Report of the Municipal Commissioner on the plague in Bombay for the year ending 31st May... - Volume 2
Disease focus: Plague
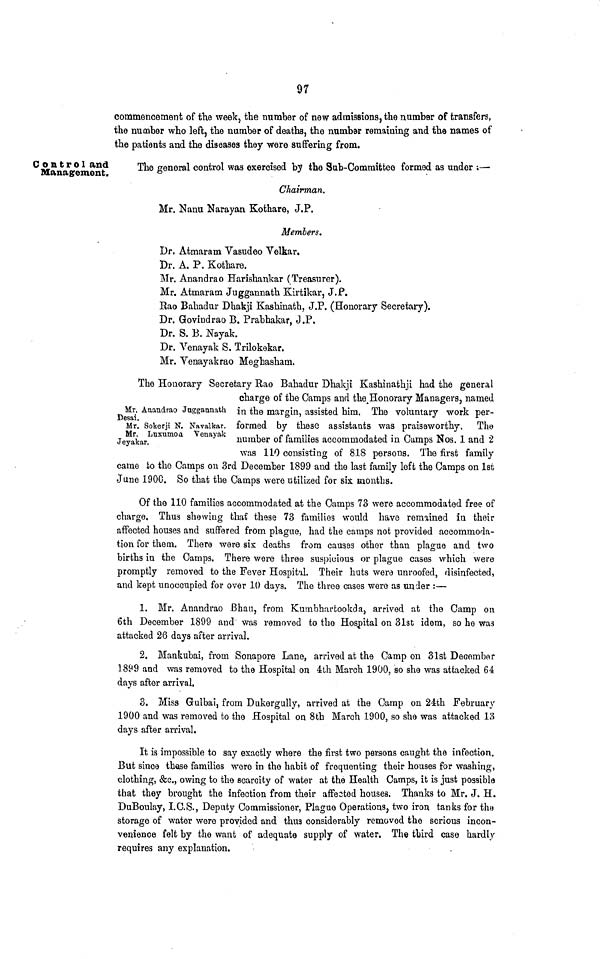
97
commencement of the week, the immher of new admissions, the number of transfers,
the number who left, the number of deaths, the numbar remaining and the names of
the patients and the diseases they were suffering from.
Control and
Management.
The general control was exercised by the Sub-Committee formed as under ;—
Chairman.
Mr. Nanu Narayan Kothare, J.P.
Members.
Dr. Atmaram Vasudeo Velkar.
Dr. A. P. Kothare.
Mr. Anandrao Harishankar (Treasurer).
Mr. Atmaram Juggannath Kirtikar, J.P.
Eao Bahadur Dhakji Kashinath, J.P. (Honorary Secretary).
Dr. Govindrao B. Prabhakar, J.P.
Dr. S. B. Nayak.
Dr. Yenayak S. Trilokekar.
Mr. Yenayakrao Meghasham,
The Honorary Secretary Bao Bahadur Dhakji Kashinafchji had the general
charge of the Camps and the Honorary Managers, named
Mr. Auaudrao Juggaanath j n the margin, assisted him. The voluntary work per-
Desai.
ö
.
Mr. Sokerji N. Navalkar. formed by these assistants was praiseworthy. The
Jeyakar. uxumoa ena y a^ number of families accommodated in Camps Nos. 1 and 2
was 110 consisting of 818 persons. The first family
came to the Camps on 3rd December 1899 and the last family left the Camps on 1st
June 1900. So that the Camps were utilized for six months.
Of the 110 families accommodated at the Camps 73 were accommodated free of
charge. Thus shewing that' these 73 families would have remained in their
affected houses and suffered from plague, had the camps not provided accommoda-
tion for them. There were six deaths from causes other than plague and two
births in the Camps. There wore three suspicious or plague cases which were
promptly removed to the Fever Hospital. Their hats were unroofed, disinfected,
and kept unoccupied for over 10 days. The three cases were as under :—
1. Mr. Anandrao Bhau, from Kumbharbookda, arrived at the Camp on
6th December 1899 and was removed to the Hospital on 31st idem, so he was
attacked 26 days after arrival.
2. Mankubai, from Sonapore Lane, arrived at the Camp on 31st December
1899 and was removed to the Hospital on 4th March 1900, so she was attacked 64
days after arrival,
3. Miss Gulbai, from Dukergully, arrived at the Camp on 24th February
1900 and was removed to the Hospital on 8th March 1900, so she was attacked 13
days after arrival.
It is impossible to say exactly where the first two persons caught the infection.
But since these families were in the habit of frequenting their houses for washing,
clothing, &c., owing to the scarcity of water at the Health Camps, it is just possible
that they brought the infection from their affeoted houses. Thanks to Mr. J. H.
DuBoulay, I.C.S., Deputy Commissioner, Plague Operations, two iron tanks for the
storage of water were provided and thus considerably removed the serious incon-
venience felt by the want of adequate supply of water. The third case hardly
requires any explanation.